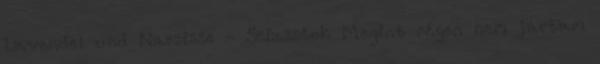
Lavendel und Narzisse - Sziasztok Megint régen nem jártam